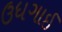
ઉધગાઈ